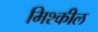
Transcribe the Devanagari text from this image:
मिश्कील